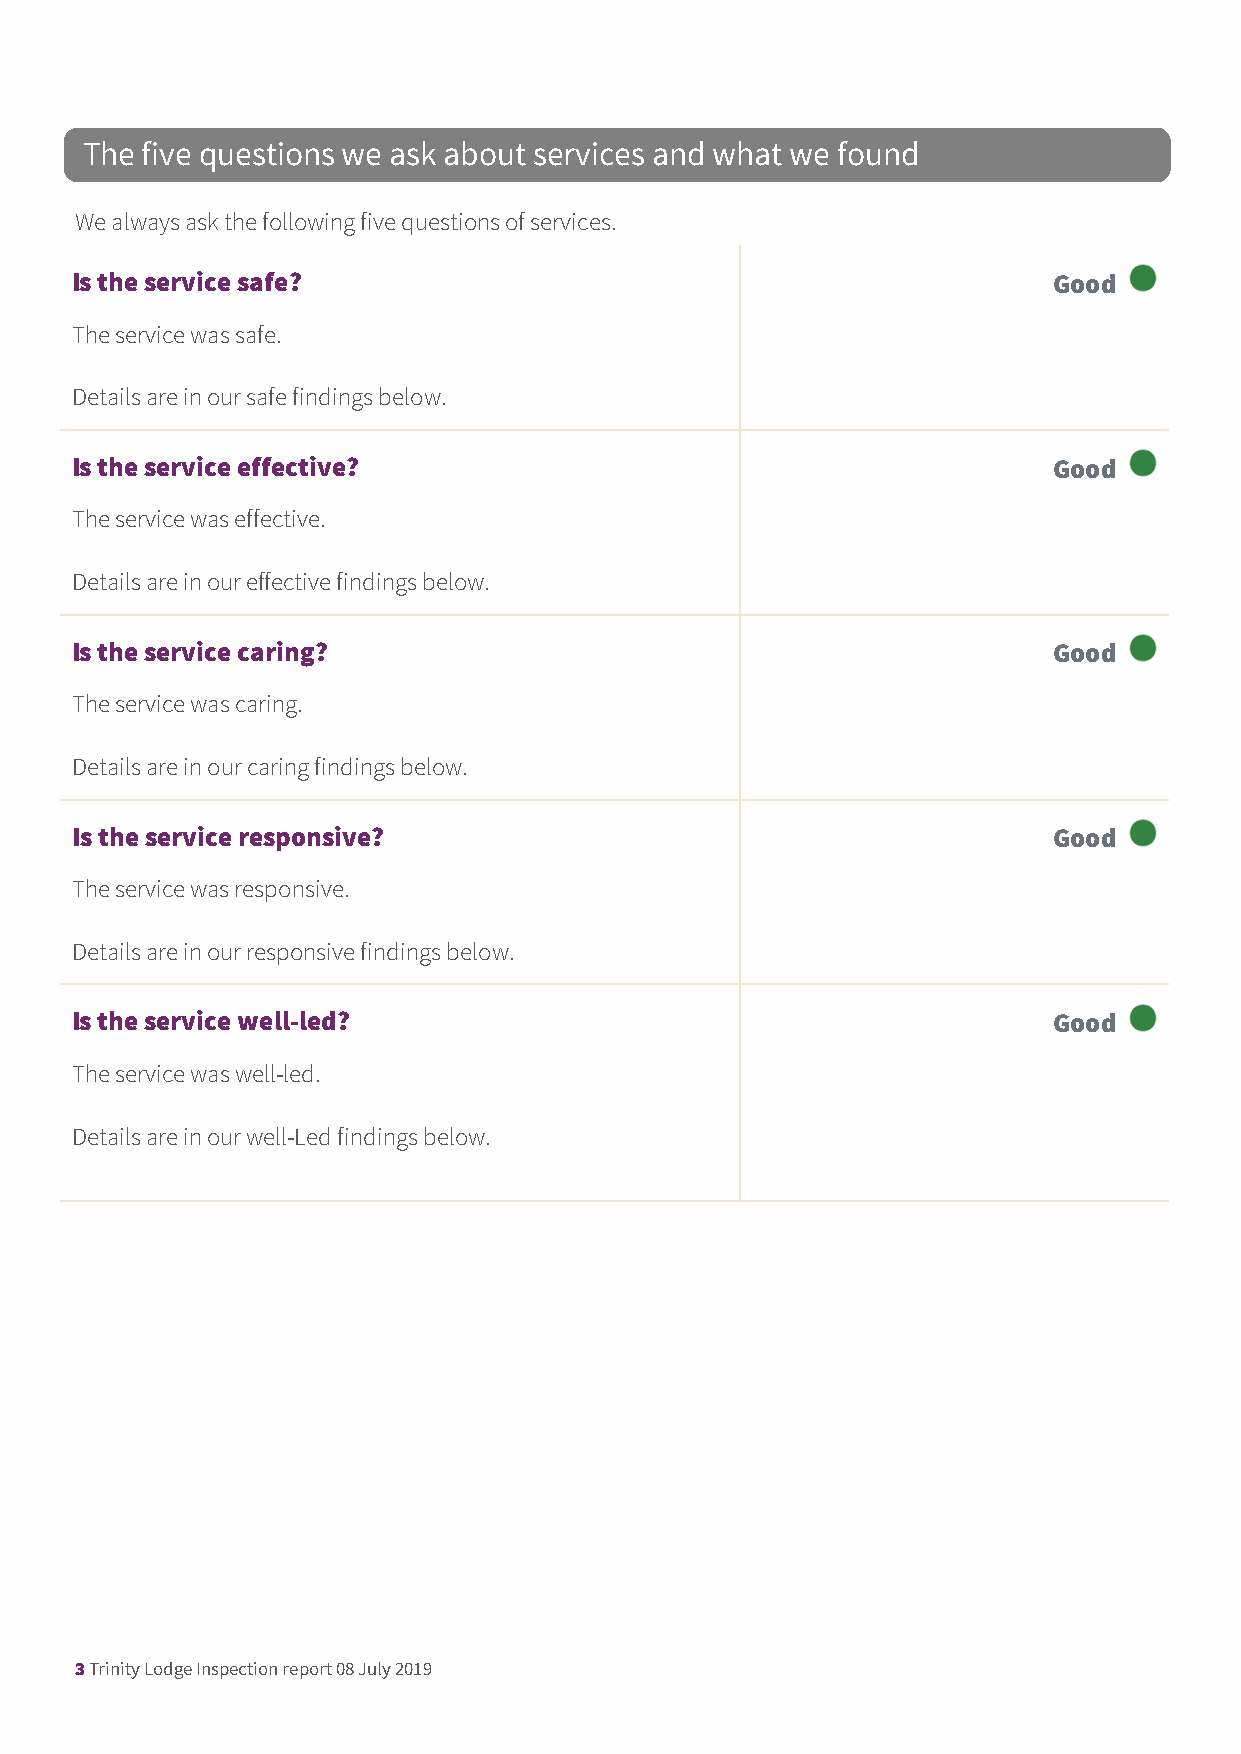
The five questions we ask about services and what we found
 We always ask the following five questions of services.
 Is the service safe?                                             Good
 The service was safe.
 Details are in our safe findings below.
 Is the service effective?                                        Good
 The service was effective.
 Details are in our effective findings below.
 Is the service caring?                                           Good
 The service was caring.
 Details are in our caring findings below.
 Is the service responsive?                                       Good
 The service was responsive.
 Details are in our responsive findings below.
 Is the service well-led?                                         Good
 The service was well-led.
 Details are in our well-Led findings below.
 3 Trinity Lodge Inspection report 08 July 2019